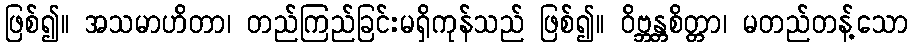
ဖြစ်၍။ အသမာဟိတာ၊ တည်ကြည်ခြင်းမရှိကုန်သည် ဖြစ်၍။ ဝိဗ္ဘန္တစိတ္တာ၊ မတည်တန့်သော